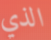
الذي